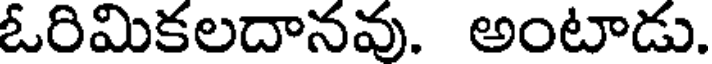
ఓరిమికలదానవు. అంటాడు.